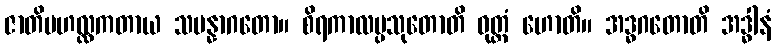
ဇာတိမဟလ္လကတာယ သမန္နာဂတော။ စိရကာလပ္ပသုတောတိ ဝုတ္တံ ဟောတိ။ အဒ္ဓဂတောတိ အဒ္ဓါနံ